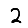
Digit: 2